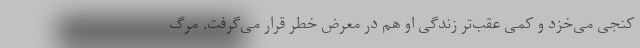
کنجی می‌خزد و کمی عقب‌تر زندگی او هم در معرض خطر قرار می‌گرفت. مرگ